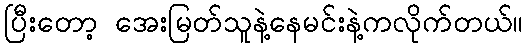
ပြီးတော့ အေးမြတ်သူနဲ့နေမင်းနဲ့ကလိုက်တယ်။